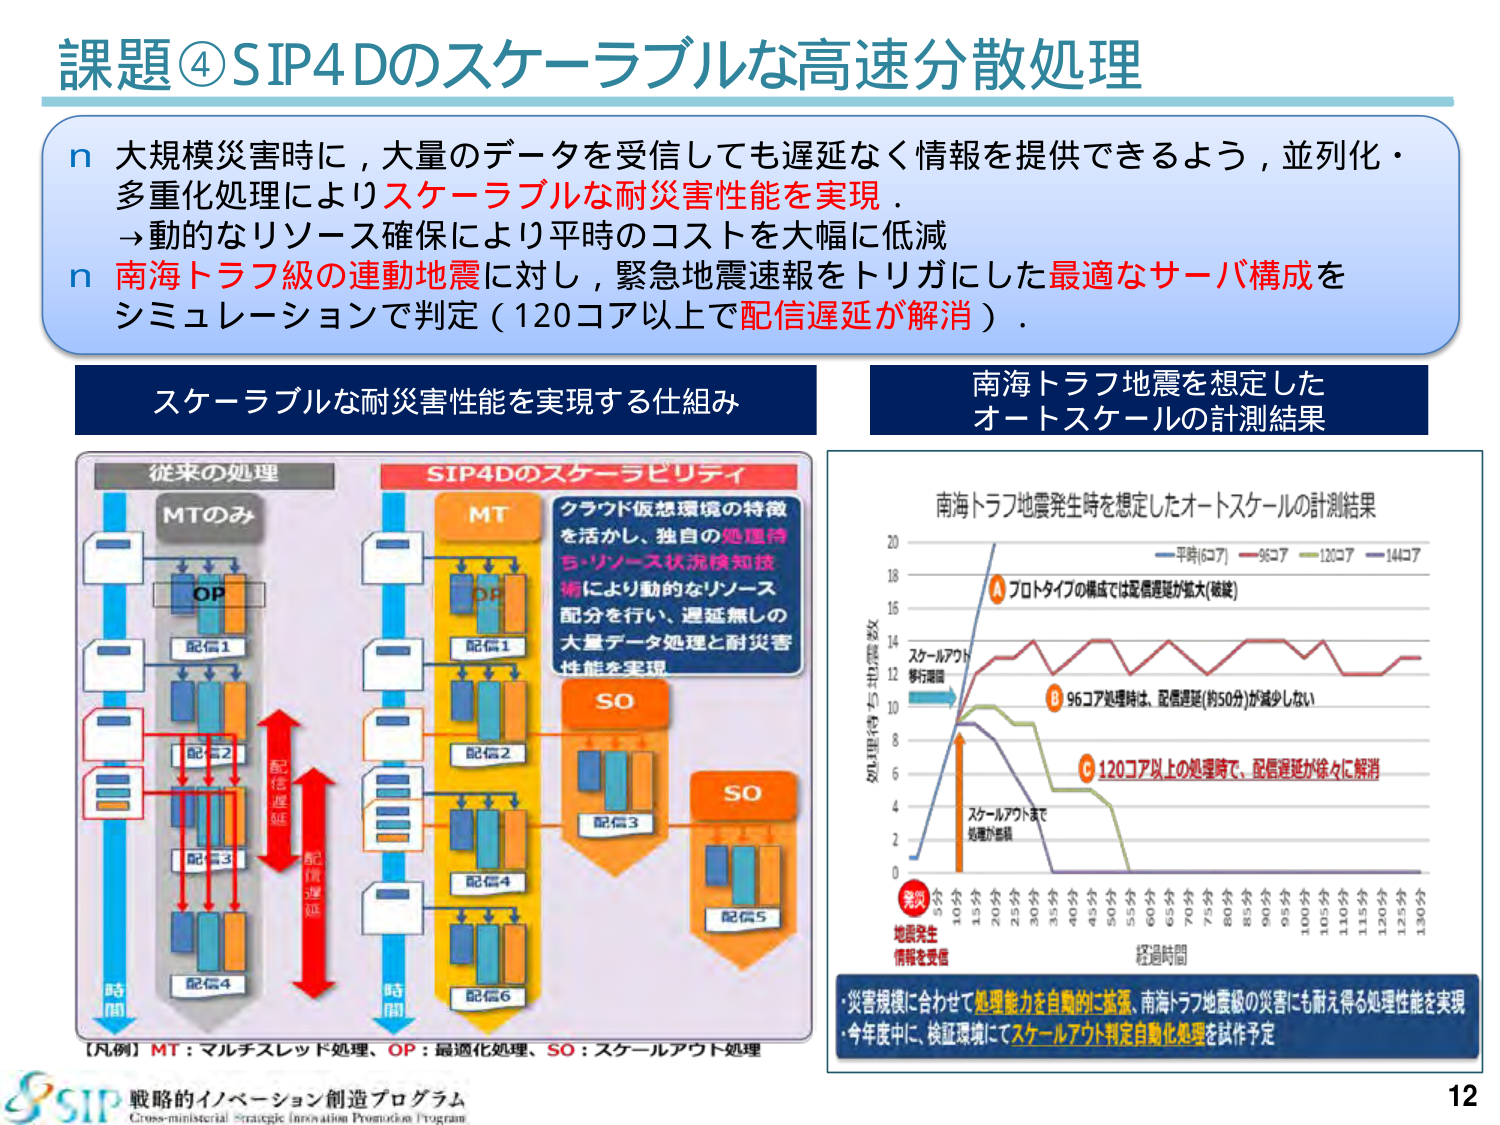
課題④SIP4Dのスケーラブルな高速分散処理

n 大規模災害時に，大量のデータを受信しても遅延なく情報を提供できるよう，並列化・多重化処理によりスケーラブルな耐災害性能を実現．
→動的なリソース確保により平時のコストを大幅に低減

n 南海トラフ級の連動地震に対し，緊急地震速報をトリガにした最適なサーバ構成をシミュレーションで判定（120コア以上で配信遅延が解消）．

スケーラブルな耐災害性能を実現する仕組み

従来の処理
MTのみ
OP
配信1
配信2
配信3
配信4
時間
配信遅延

SIP4Dのスケーラビリティ
MT
OP
配信1
配信2
配信3
配信4
配信5
配信6
時間
クラウド仮想環境の特徴を活かし、独自の処理待ち・リソース状況検知技術により動的なリソース配分を行い、遅延無しの大量データ処理と耐災害性能を実現
SO
SO

【凡例】MT：マルチスレッド処理、OP：最適化処理、SO：スケールアウト処理

南海トラフ地震を想定したオートスケールの計測結果

南海トラフ地震発生時を想定したオートスケールの計測結果
処理待ち地震数
経過時間
発災
地震発生
情報を受信
5分
10分
15分
20分
25分
30分
35分
40分
45分
50分
55分
60分
65分
70分
75分
80分
85分
90分
95分
100分
105分
110分
115分
120分
125分
130分
平時(6コア) 96コア 120コア 144コア
A プロトタイプの構成では配信遅延が拡大(破綻)
B 96コア処理時は、配信遅延(約50分)が減少しない
C 120コア以上の処理時で、配信遅延が徐々に解消
スケールアウト
移行遅延
スケールアウトまで
処理が蓄積

・災害規模に合わせて処理能力を自動的に拡張、南海トラフ地震級の災害にも耐え得る処理性能を実現
・今年度中に、検証環境にてスケールアウト判定自動化処理を試作予定

戦略的イノベーション創造プログラム
Cross-ministerial Strategic Innovation Promotion Program

12